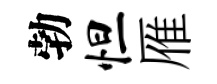
勃怛雁